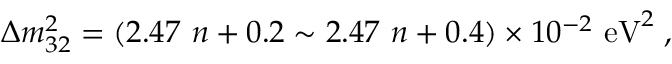
\Delta m _ { 3 2 } ^ { 2 } = ( 2 . 4 7 \ n + 0 . 2 \sim 2 . 4 7 \ n + 0 . 4 ) \times 1 0 ^ { - 2 } \ \mathrm { e V } ^ { 2 } \; ,